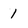
Character: 1